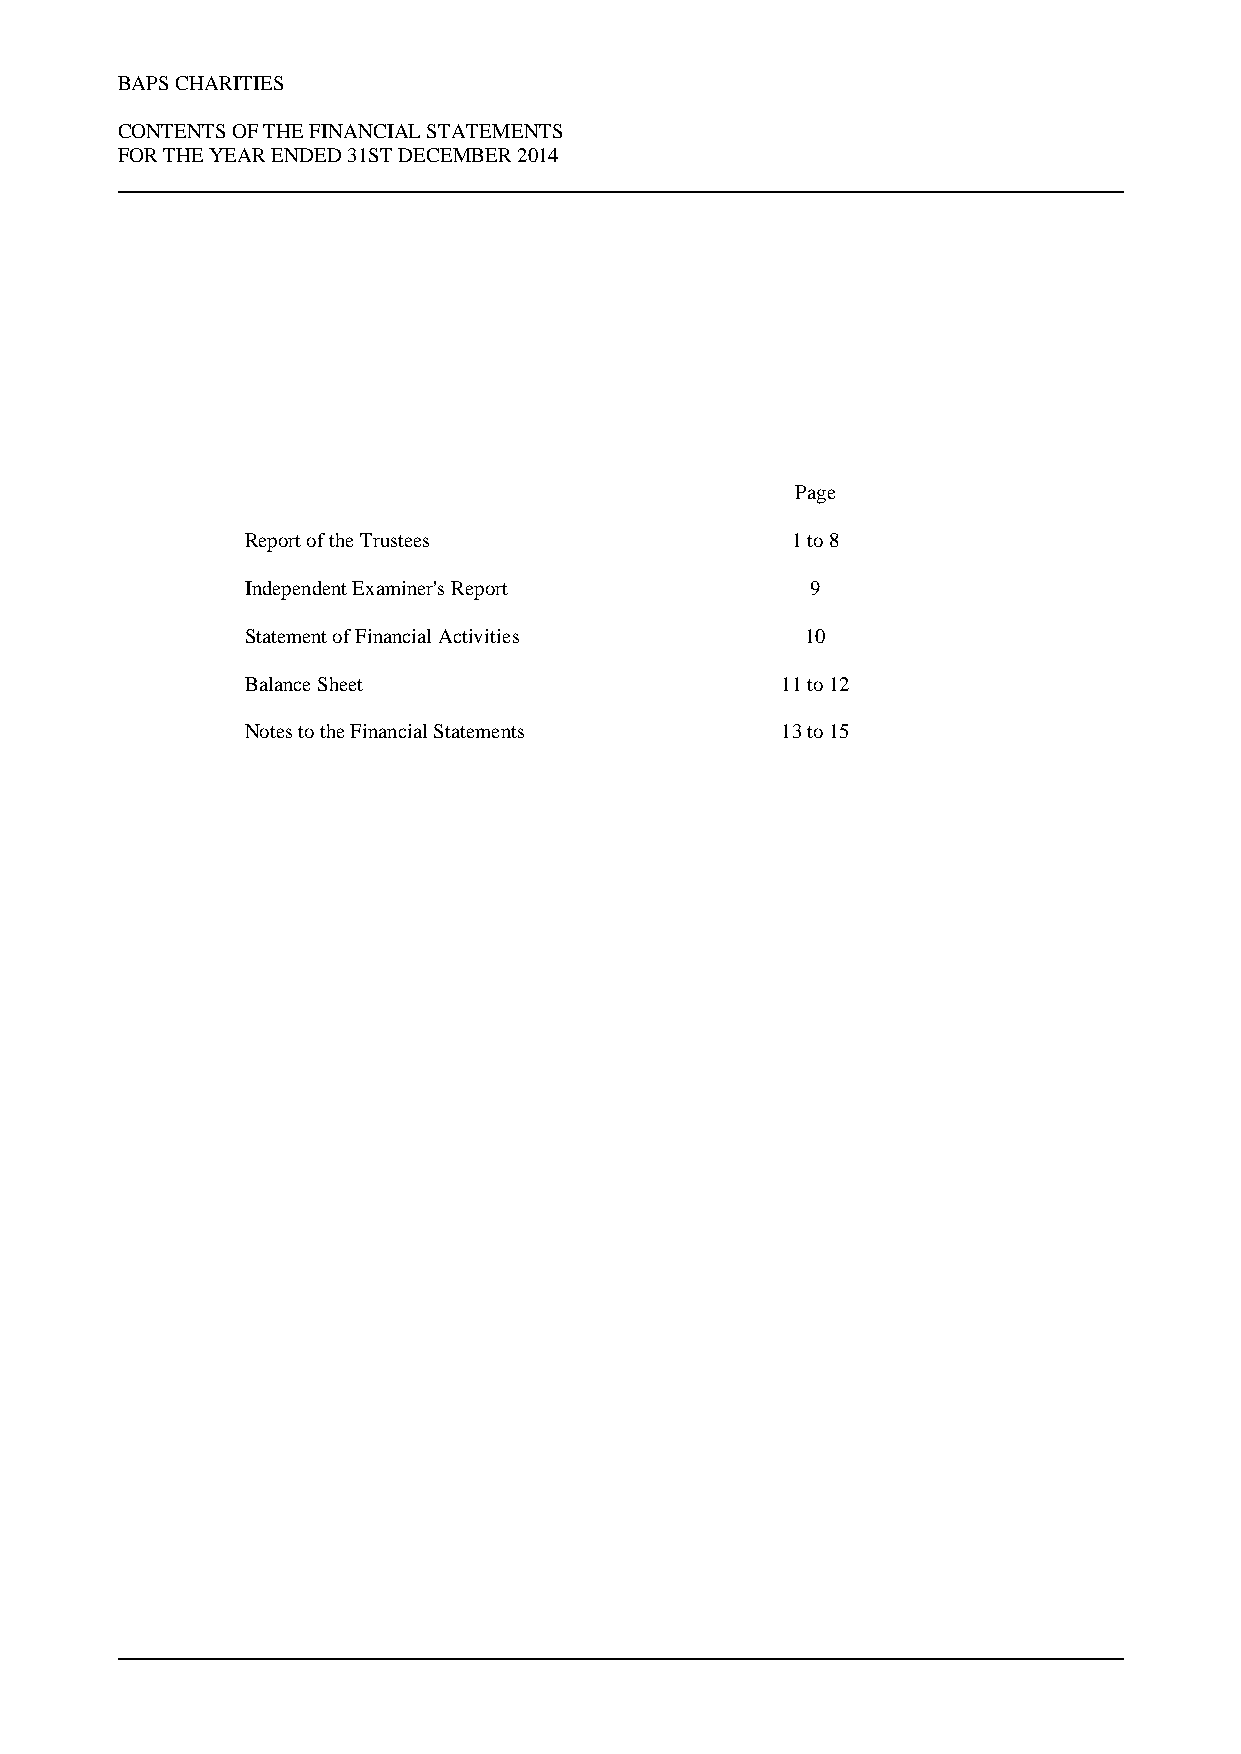
BAPS CHARITIES
 CONTENTS OF THE FINANCIAL STATEMENTS
 FOR THE YEAR ENDED 31ST DECEMBER 2014
 Page
 Report of the Trustees              1 to 8
 Independent Examiner's Report         9
 Statement of Financial Activities    10
 Balance Sheet                       11 to 12
 Notes to the Financial Statements   13 to 15